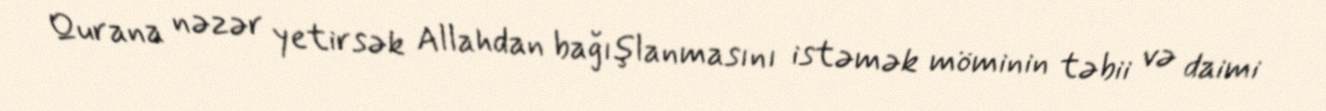
Qurana nəzər yetirsək Allahdan bağışlanmasını istəmək möminin təbii və daimi